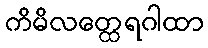
ကိမိလတ္ထေရဂါထာ